Medical and sanitary report of the native army of Madras for the year
Year: 1872
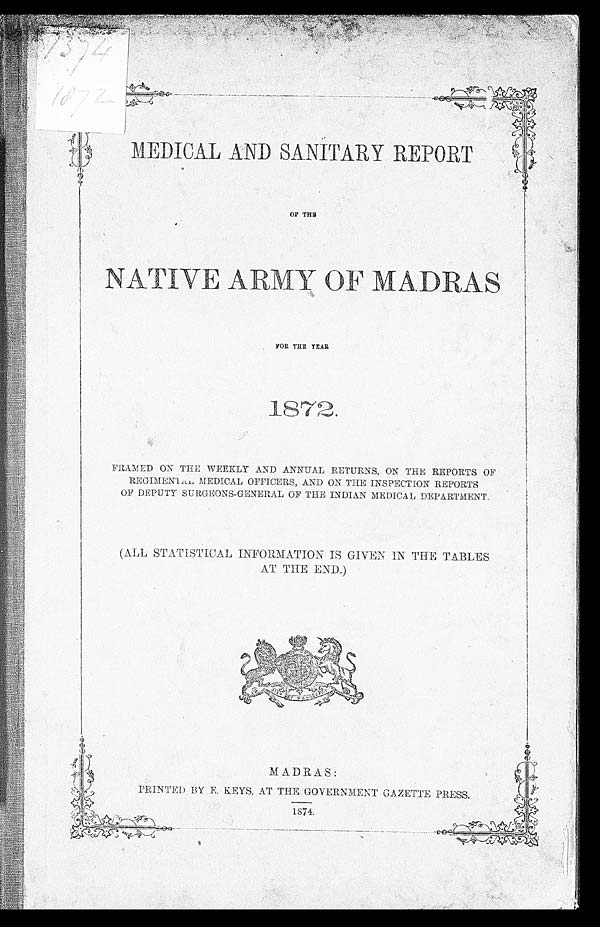
7374 1872
OF THE
NATIVE ARMY OF MADRAS
FOR
THE YEAR
1872.
FRAMED ON THE WEEKLY AND ANNUAL RETURNS, ON THE REPORTS OF
REGIMENTAL MEDICAL OFFICERS, AND ON THE INSPECTION REPORTS
OF DEPUTY SURGEONS-GENERAL OF THE INDIAN MEDICAL DEPARTMENT.
(ALL STATISTICAL INFORMATION IS GIVEN IN THE TABLES
AT THE END.)
MADRAS:
PRINTED BY E. KEYS, AT THE GOVERNMENT GAZETTE PRESS.
1874.